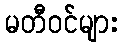
မတီဝင်များ